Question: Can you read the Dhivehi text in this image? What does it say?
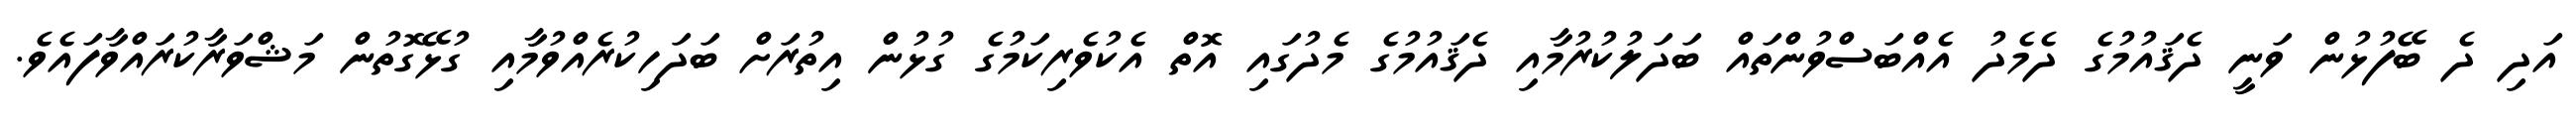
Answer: އަދި ދެ ބޭފުޅުން ވަނީ ދެޤައުމުގެ ދެމެދު އެއްބަސްވުންތައް ބަދަލުކުރުމާއި ދެޤައުމުގެ މެދުގައި އޮތް އެކުވެރިކަމުގެ ގުޅުން އިތުރަށް ބަދަހިކުރެއްވުމާއި ގުޅޭގޮތުން މަޝްވަރާކުރައްވާފައެވެ.